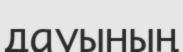
дауының